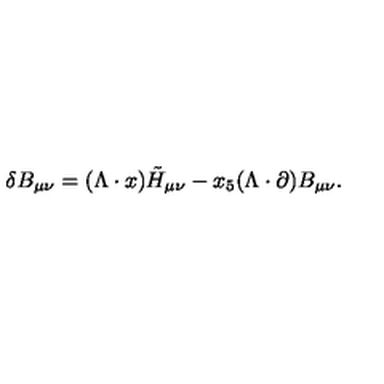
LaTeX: \delta B _ { \mu \nu } = ( \Lambda \cdot x ) \tilde { H } _ { \mu \nu } - x _ { 5 } ( \Lambda \cdot \partial ) B _ { \mu \nu } .